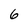
Character: 6